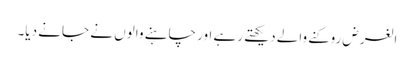
الغرض روکنے والے دیکھتے رہے اور چاہنے والوں نے جانے دیا۔